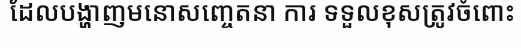
ដែលបង្ហាញមនោសញ្ចេតនា ការ ទទួលខុសត្រូវចំពោះ